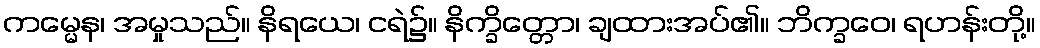
ကမ္မေန၊ အမှုသည်။ နိရယေ၊ ငရဲ၌။ နိက္ခိတ္တော၊ ချထားအပ်၏။ ဘိက္ခဝေ၊ ရဟန်းတို့။